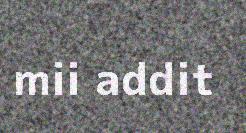
mii addit